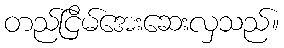
တည်ငြိမ်အေးဆေးလှသည်။